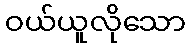
ဝယ်ယူလိုသော